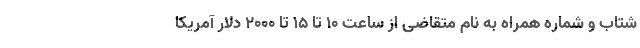
شتاب و شماره همراه به نام متقاضی از ساعت ۱۰ تا ۱۵ تا ۲۰۰۰ دلار آمریکا